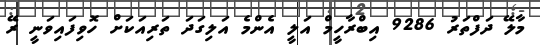
މާލޭ ދަފްތަރު 9286 އިބްރާހީމް އަލީ އެންމެ އަލިގަދަ ތަރިއަކަށް ހޮވިފައިވަނީ ރޭ